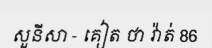
សួនីសា - គៀត ថា វ៉ាត់ 86